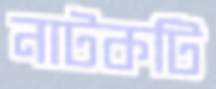
নাটকটি